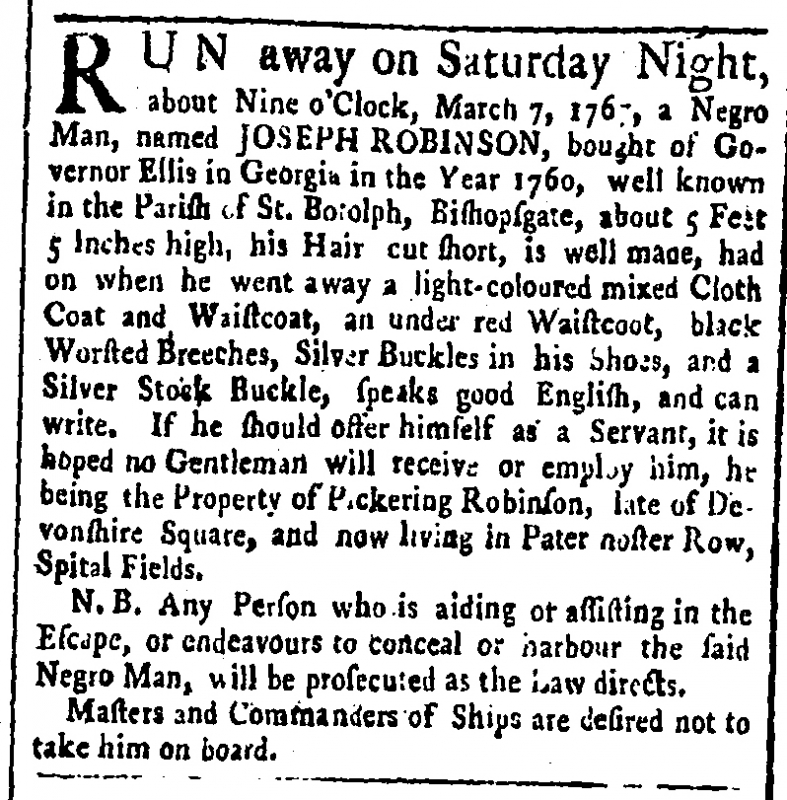
Public Advertiser, 11 March 1767 (England)
RUN away on Saturday Night, about Nine o’Clock, March 7, 1767, a Negro Man, named JOSEPH ROBINSON, bought of Governor Ellis in Georgia in the Year 1760, well known in the Parish of St. Botolph, Bishopsgate, about 5 Feet 5 Inches high, his Hair cut short, is well made, had on when he went away a light-coloured mixed Cloth Coat and Waistcoat, an under red Waistcoat, black Worsted Breeches, Silver Buckles in his Shoes, and a Silver Stock Buckle, speaks good English, and can write. If he should offer himself as a Servant, it is hoped no Gentleman will receive or employ him, he being the Property of Pickering Robinson, late of Devonshire Square, and now living in Pater noster Row, Spital Fields.   N.B. Any Person who is aiding or assisting in the Escape, or endeavours to conceal or harbour the said Negro Man, will be prosecuted as the Law directs.   Masters and Commanders of Ships are desired not to take him on board.